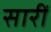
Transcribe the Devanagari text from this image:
सारीं